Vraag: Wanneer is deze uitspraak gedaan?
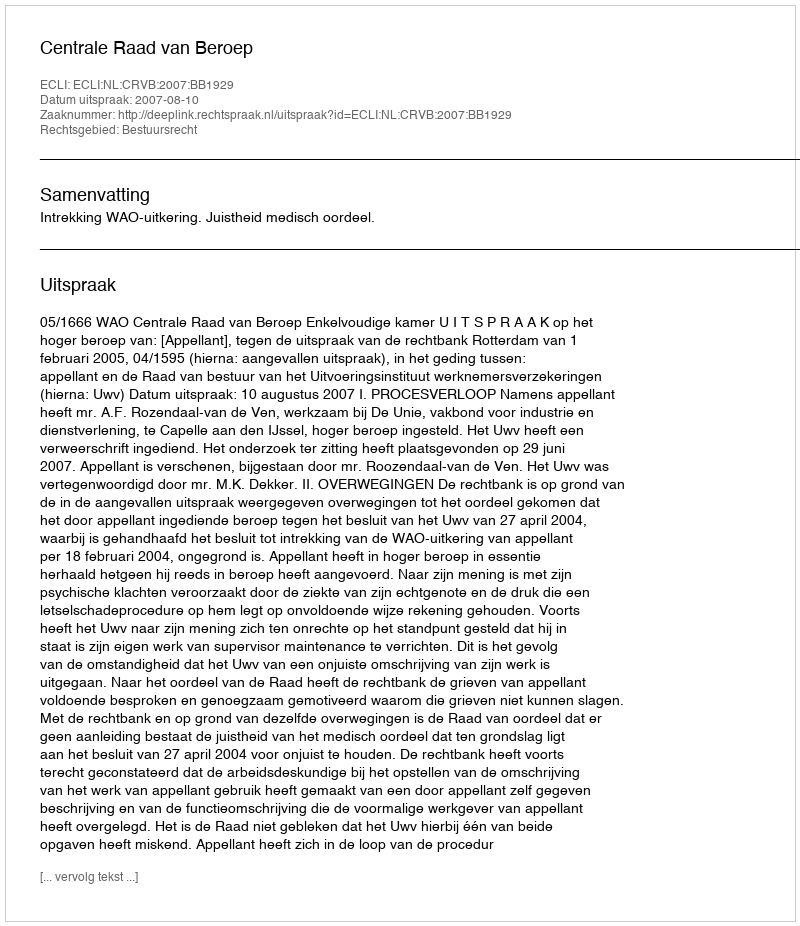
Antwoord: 2007-08-10